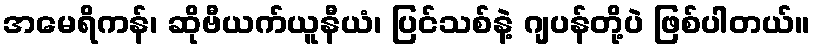
အမေရိကန်၊ ဆိုဗီယက်ယူနီယံ၊ ပြင်သစ်နဲ့ ဂျပန်တို့ပဲ ဖြစ်ပါတယ်။